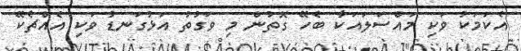
އެކަމަކު ވަކި މައްސަލައަކާ ބެހޭ ގޮތުން މި ވަގުތު އަޅުގަނޑު ވަކި އެއްޗެކޭ